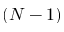
( N - 1 )